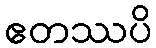
ဧတဿပိ